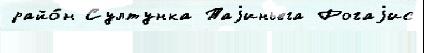
райо́н Султунка Таjиньега Рогаjис